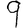
Digit: 9